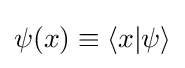
{\textstyle \psi (x)\equiv \langle x|\psi \rangle }